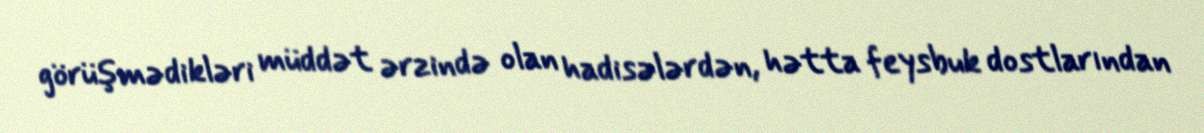
görüşmədikləri müddət ərzində olan hadisələrdən, hətta feysbuk dostlarından